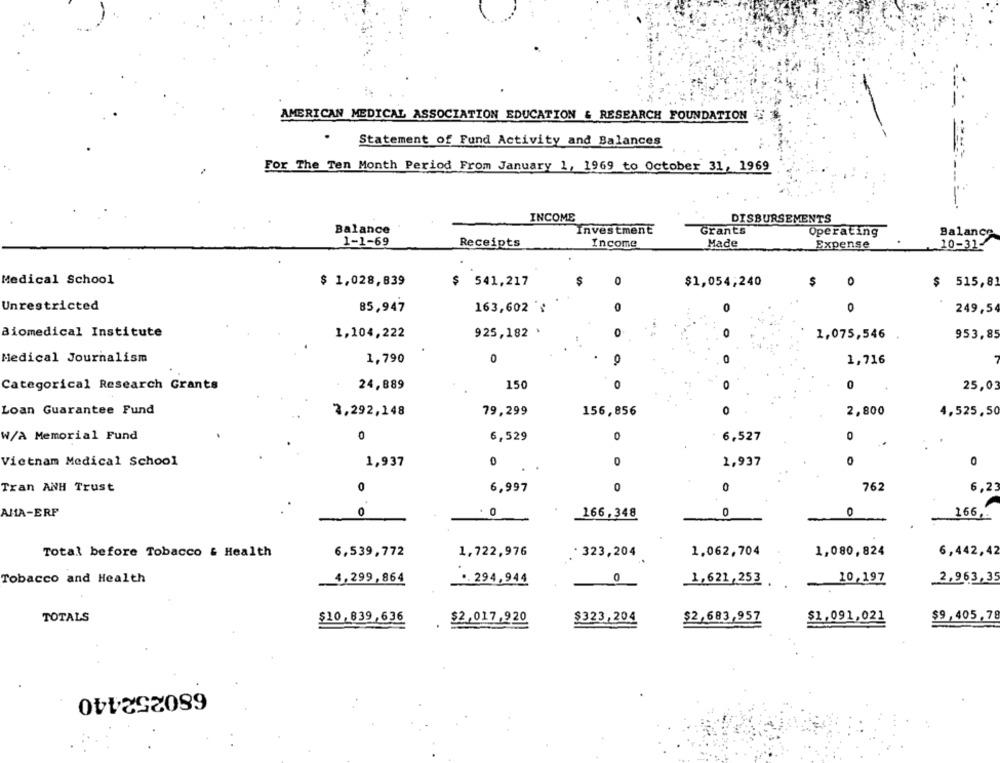
AMERICAN MEDICAL ASSOCIATION EDUCATION & RESEARCH FOUNDATION
Statement of Fund Activity and Balances
For The Ten Month Period From January 1, 1969 to October 31, 1969
INCOME
DISBURSEMENTS
Balance
Grants
Investment
Operating
Balance
1-1-69
Receipts
Income
Made
Expense
10-31-
Medical School
$ 1,028,839
$ 541,217
$
0
$1,054,240
$
0
$ 515,81
Unrestricted
0
85,947
163,602
0
249,54
Biomedical Institute
1,104,222
925,182 .
0
1,075,546
953,85
Medical Journalism
1,790
0
0
0
1,716
Categorical Research Grants
24,889
150
0
O
0
25,03
Loan Guarantee Fund
3,292,148
79,299
156,856
0
2,800
4,525,50
0
0
O
W/A Memorial Fund
6,529
6,527
..
Vietnam Medical School
1,937
0
0
1,937
0
0
Tran ANH Trust
0
6,997
0
0
762
6,2
AHA-ERP
. 0
0
0
166, 348
166.
Total before Tobacco & Health
6,539,772
1,722,976
· 323,204
1,062,704
1,080,824
6,442,42
Tobacco and Health
4,299,864
.. 294,944
0
10,197
2,963,35
1,621,253
TOTALS
$10,839,636
$2,017,920
$323,204
$2,683,957
$9,405,78
$1.091,021
680252440